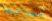
بيرالتا